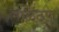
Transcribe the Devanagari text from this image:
माळठण